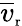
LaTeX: \overline{{v}}_{\scriptsize\textrm{r}}